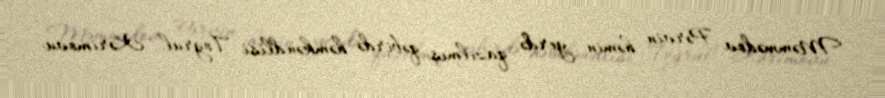
Məmmədov Pərvin həmin yerdə qazılmış qəbirdə həmkəndlisi Toğrul Kərimovu